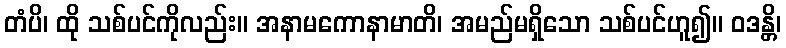
တံပိ၊ ထို သစ်ပင်ကိုလည်း။ အနာမကောနာမာတိ၊ အမည်မရှိသော သစ်ပင်ဟူ၍။ ဝဒန္တိ၊